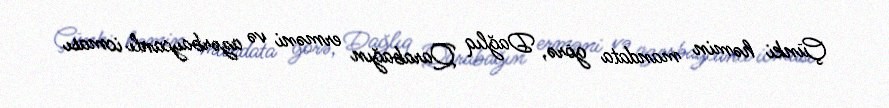
Çünki həmin mandata görə, Dağlıq Qarabağın erməni və azərbaycanlı icması